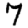
Digit: 7